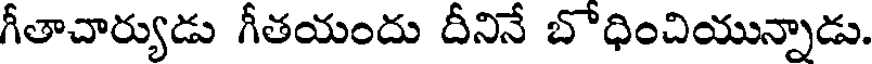
గీతాచార్యుడు గీతయందు దీనినే బోధించియున్నాడు.